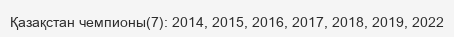
Қазақстан чемпионы(7): 2014, 2015, 2016, 2017, 2018, 2019, 2022